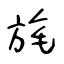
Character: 旄